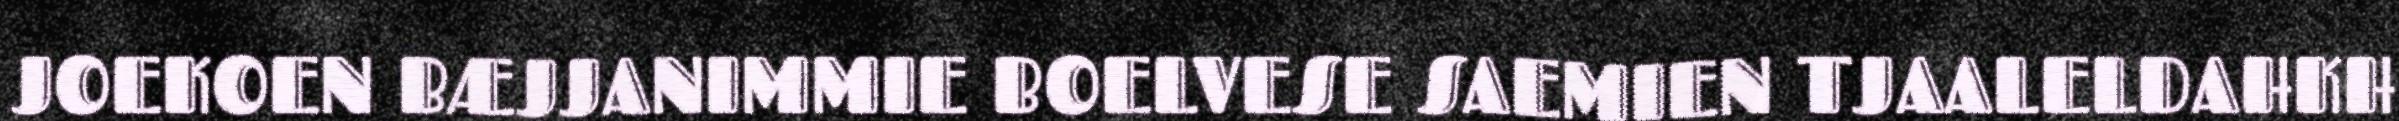
JOEKOEN BÆJJANIMMIE BOELVESE SAEMIEN TJAALELDAHKH